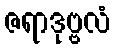
ဇရာဒုဗ္ဗလံ